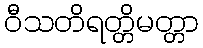
ဝီသတိရတ္တိမတ္တာ